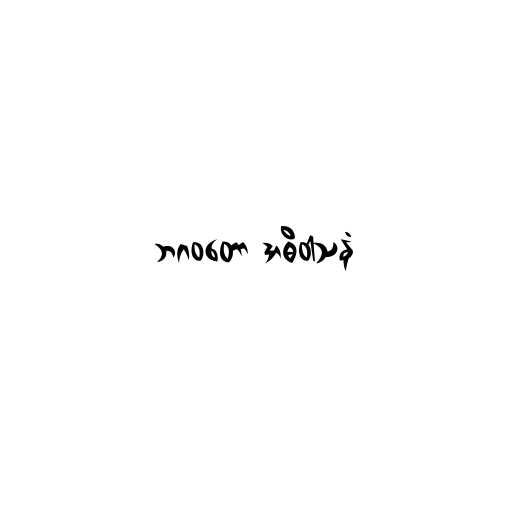
ဘဂဝတော အဓိဝါသနံ